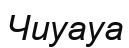
Чиуауа